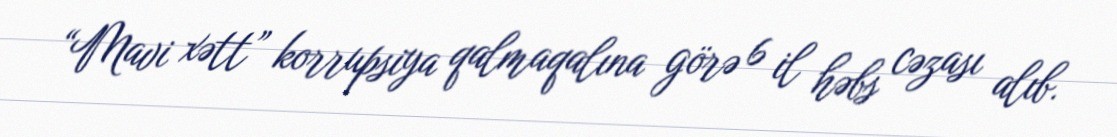
“Mavi xətt” korrupsiya qalmaqalına görə 6 il həbs cəzası alıb.